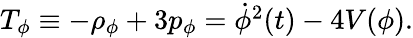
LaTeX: \begin{array}{r}{T_{\phi}\equiv-\rho_{\phi}+3p_{\phi}={\dot{\phi}}^{2}(t)-4V(\phi).}\end{array}